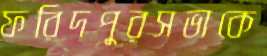
ফরিদপুরসভাকে